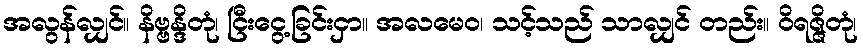
အလွန်လျှင်။ နိဗ္ဗန္ဒိတုံ၊ ငြီးငွေ့ခြင်းငှာ။ အလမေဝ၊ သင့်သည် သာလျှင် တည်း။ ဝိရဇ္ဇိတုံ၊